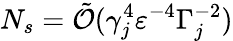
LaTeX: N_{s}=\tilde{\mathcal{O}}(\gamma_{j}^{4}\varepsilon^{-4}\Gamma_{j}^{-2})